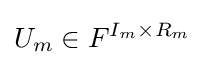
U_{m}\in F^{I_{m}\times R_{m}}